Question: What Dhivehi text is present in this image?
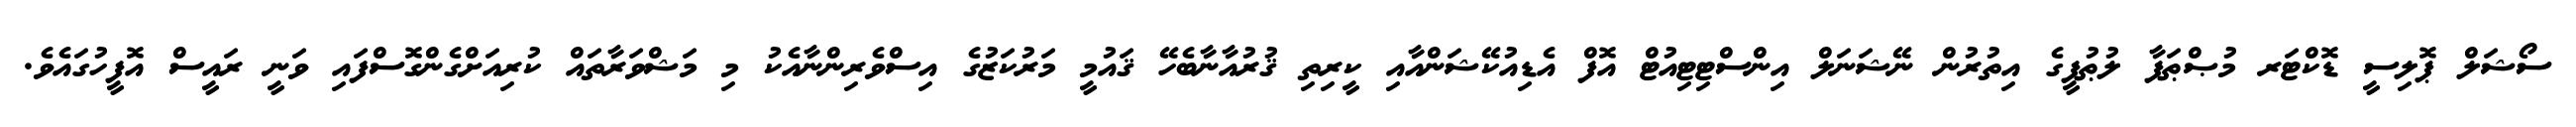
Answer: ސޯޝަލް ޕޮލިސީ ޑޮކްޓަރ މުޞްޠަފާ ލުޠުފީގެ އިތުރުން ނޭޝަނަލް އިންސްޓިޓިއުޓް އޮފް އެޑިއުކޭޝަންއާއި ކީރިތި ޤުރުއާނާބެހޭ ޤައުމީ މަރުކަޒުގެ އިސްވެރިންނާއެކު މި މަޝްވަރާތައް ކުރިއަށްގެންގޮސްފައި ވަނީ ރައީސް އޮފީހުގައެވެ.